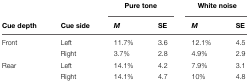
<table><thead><tr><td colspan="2"></td><td colspan="2"><b>Pure tone</b></td><td colspan="2"><b>White noise</b></td></tr><tr><td><b>Cue depth</b></td><td><b>Cue side</b></td><td><b><i>M</i></b></td><td><b>SE</b></td><td><b><i>M</i></b></td><td><b>SE</b></td></tr></thead><tbody><tr><td>Front</td><td>Left</td><td>11.7%</td><td>3.6</td><td>12.1%</td><td>4.5</td></tr><tr><td></td><td>Right</td><td>3.7%</td><td>2.8</td><td>4.9%</td><td>2.9</td></tr><tr><td>Rear</td><td>Left</td><td>14.1%</td><td>4.2</td><td>7.9%</td><td>3.1</td></tr><tr><td></td><td>Right</td><td>14.1%</td><td>4.7</td><td>10%</td><td>4.8</td></tr></tbody></table>